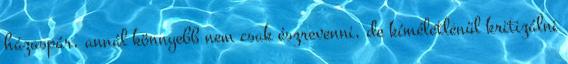
házaspár, annál könnyebb nem csak észrevenni, de kíméletlenül kritizálni